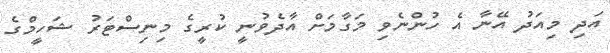
އަދި މިއަދު އޭނާ އެ ހުންނެވި މަގާމަށް އާދެވުނީ ކުރީގެ މިނިސްޓަރު ޝަހީމްގެ